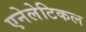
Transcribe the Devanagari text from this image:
एनेलेटिकल